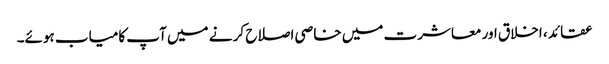
عقائد ، اخلاق اور معاشرت میں خاصی اصلاح کر نے میں آپ کامیاب ہوئے۔